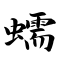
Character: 蠕